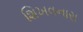
શિખવનારા